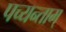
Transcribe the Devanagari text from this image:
पच्यन्ताम्‌